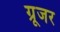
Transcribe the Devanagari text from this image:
ग्रूजर